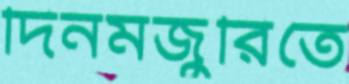
দিনমজুরিতে